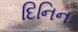
દિનિન